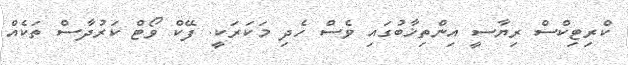
ކްރިޓިކްސް ރިޔާސީ އިންތިޚާބުގައި ވެސް ހެދި މަކަރަކީ. ފޭކް ވޯޓް ކަރުދާސް ތަކެއް